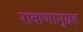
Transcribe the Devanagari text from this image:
रावाणानुग्रह